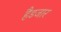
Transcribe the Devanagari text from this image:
हैडजार